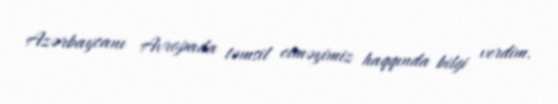
Azərbaycanı Avropada təmsil etməyimiz haqqında bilgi verdim.